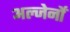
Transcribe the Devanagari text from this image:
अल्जेर्नों